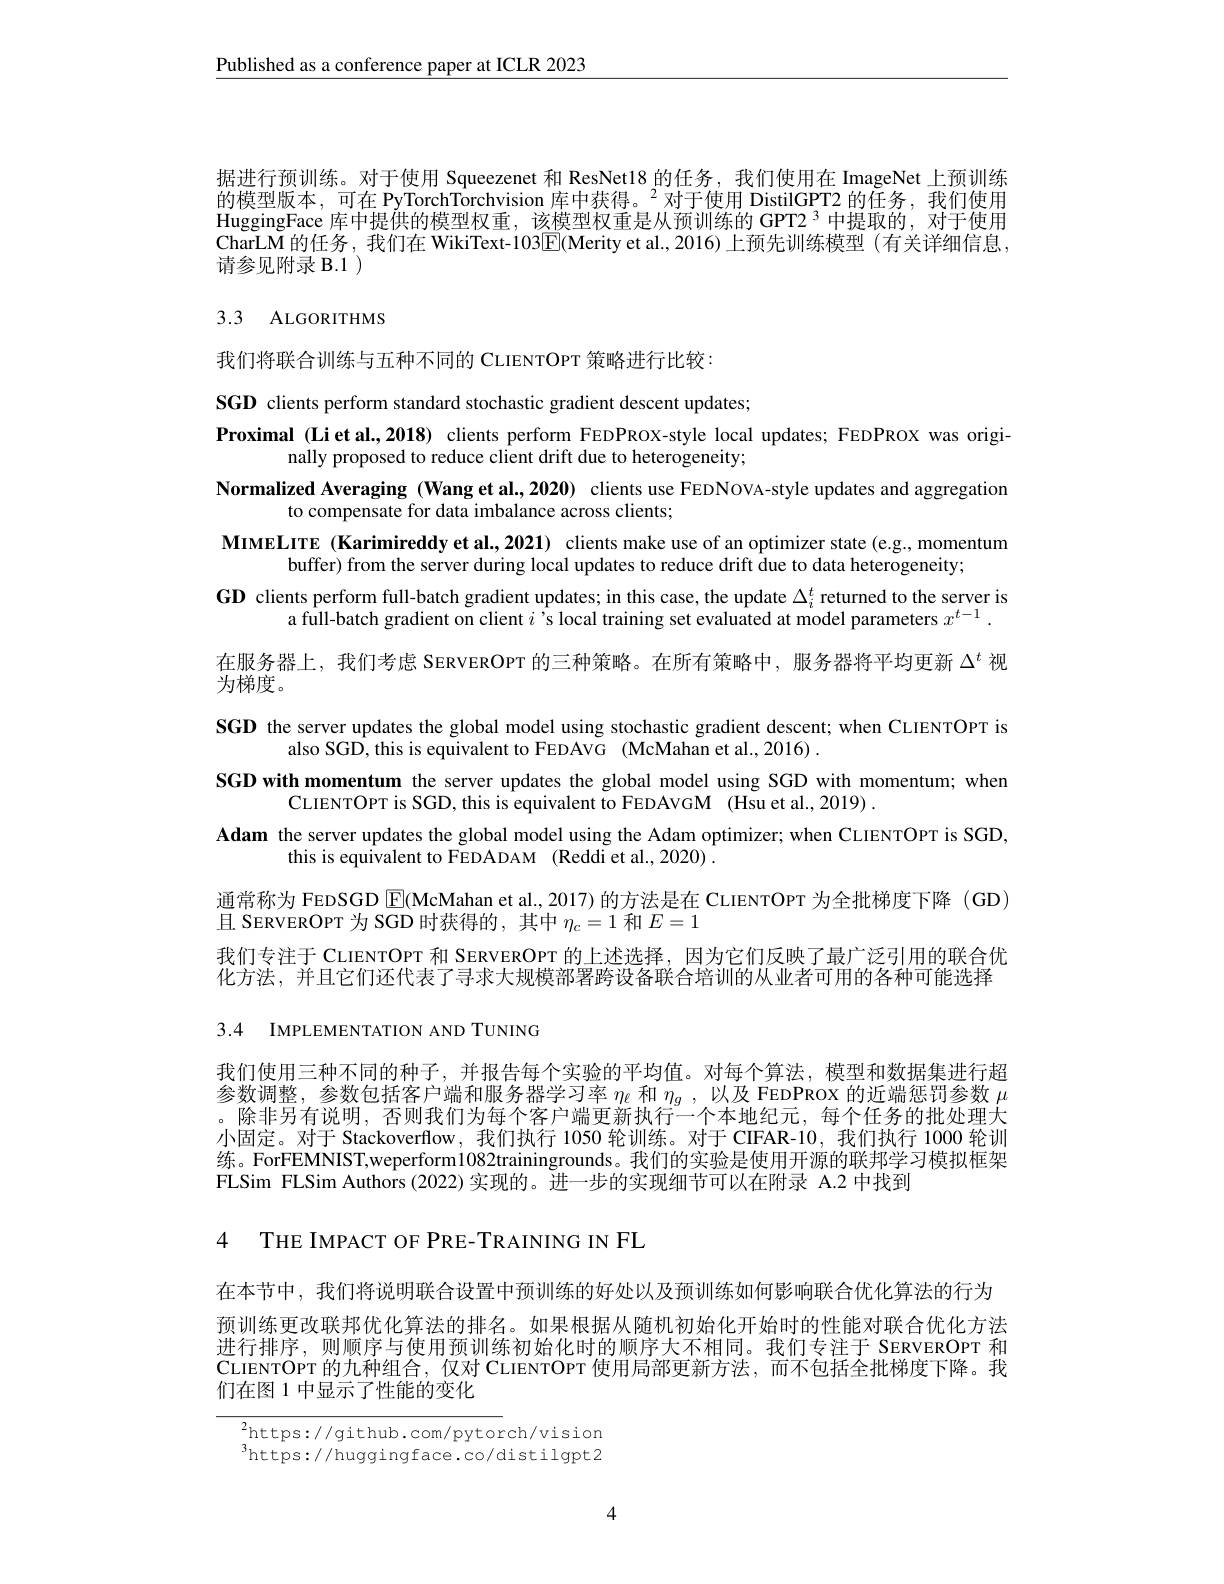
$\underline{\text{Published as a conference paper at ICLR 2023}}$

据进行预训练。对于使用 Squeezenet 和 ResNet18 的任务，我们使用在 ImageNet 上预训练的模型版本，可在 PyTorchTorchvision 库中获得。$^2$对于使用 DistilGPT2 的任务，我们使用HuggingFace 库中提供的模型权重，该模型权重是从预训练的GPT2$^{3}$中提取的，对于使用CharLM 的任务，我们在 WikiText-103$\boxed{\mathrm{E}}($Merity et al., 2016) 上预先训练模型 (有关详细信息请参见附录 B.1 )

# 3.3 ALGORITHMS

我们将联合训练与五种不同的 CLIENTOPT 策略进行比较：

SGD clients perform standard stochastic gradient descent updates;
Proximal (Liet al.,2018) clients perform FEDPROX-style local updates; FEDPROX was origi-
nally proposed to reduce client drift due to heterogeneity;
Normalized Averaging (Wang et al., 2020) clients use FEDNOVA-style updates and aggregation
to compensate for data imbalance across clients;
MIMELITE (Karimireddy et al., 2021) clients make use of an optimizer state (e.g., momentum
buffer) from the server during local updates to reduce drift due to data heterogeneity;
GD clients perform full-batch gradient updates; in this case, the update $\Delta_i^t$ returned to the server is
a full-batch gradient on client $i$ 's local training set evaluated at model parameters $x^{t-1}.$
在服务器上，我们考虑 SERVEROPT 的三种策略。在所有策略中，服务器将平均更新$\Delta^t$视
为梯度。
SGD the server updates the global model using stochastic gradient descent; when CLIENTOPT is
also SGD, this is equivalent to FEDAVG (McMahan et al., 2016) .
SGD with momentum the server updates the global model using SGD with momentum; when
CLIENTOPT is SGD, this is equivalent to FEDAVGM (Hsu et al., 2019) .
Adam the server updates the global model using the Adam optimizer; when CLIENTOPT is SGD,
this is equivalent to FEDADAM (Reddi et al., 2020) .
通常称为 FEDSGD $\boxed{\mathrm{F}}($McMahan et al., 2017) 的方法是在 CLIENTOPT 为全批梯度下降 (GD)
且 SERVEROPT 为 SGD 时获得的，其中$\eta_c=1$和$E=1$
我们专注于 CLIENTOPT 和 SERVEROPT 的上述选择，因为它们反映了最广泛引用的联合优化方法，并且它们还代表了寻求大规模部署跨设备联合培训的从业者可用的各种可能选择3.4 IMPLEMENTATION AND TUNING

我们使用三种不同的种子，并报告每个实验的平均值。对每个算法，模型和数据集进行超参数调整，参数包括客户端和服务器学习率$\eta_{\ell}$和$\eta _g$ , 以及 FEDPROX 的近端惩罚参数$\mu$ 。除非另有说明，否则我们为每个客户端更新执行一个本地纪元，每个任务的批处理大小固定。对于 Stackoverflow, 我们执行 1050 轮训练。对于 CIFAR-10, 我们执行 1000 轮训练。ForFEMNIST,weperform1082trainingrounds。我们的实验是使用开源的联邦学习模拟框架FLSim FLSim Authors (2022)实现的。进一步的实现细节可以在附录 A.2 中找到

4 THE IMPACT OF PRE-TRAINING IN FL

在本节中，我们将说明联合设置中预训练的好处以及预训练如何影响联合优化算法的行为
预训练更改联邦优化算法的排名。如果根据从随机初始化开始时的性能对联合优化方法进行排序，则顺序与使用预训练初始化时的顺序大不相同。我们专注于 SERVEROPT 和CLIENTOPT 的九种组合，仅对 CLIENTOPT 使用局部更新方法，而不包括全批梯度下降。我们在图 1 中显示了性能的变化

$^{2}$https://github.com/pytorch/vision $^{s}$https://huggingface.co/distilgpt2

4